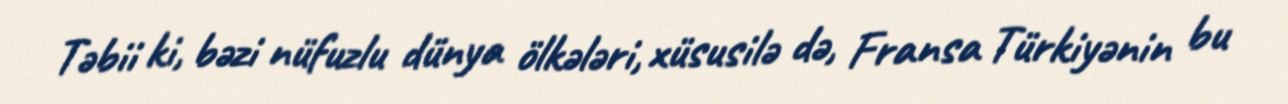
Təbii ki, bəzi nüfuzlu dünya ölkələri, xüsusilə də, Fransa Türkiyənin bu